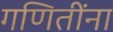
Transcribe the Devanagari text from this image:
गणितींना